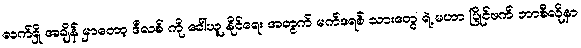
လက်ရှိ အချိန် မှာတော့ ဒီလစ် ကို ခေါ်ယူ နိုင်ရေး အတွက် မက်ဒရစ် သားတွေ ရဲ့ မဟာ ပြိုင်ဖက် ဘာစီလိုနာ